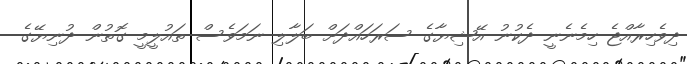
ދިވެހިރާއްޖެ ހިމެނެނީ ދެކުނު އޭޝިޔާގެ ސަރަހައްދަށް ބަލާލި ނަމަވެސް ތައުލީމީ ގޮތުން ދުނިޔޭގެ